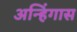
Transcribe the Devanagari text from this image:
अन्हिंगास